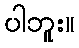
ပါဘူး။